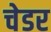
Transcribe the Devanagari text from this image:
चेडर